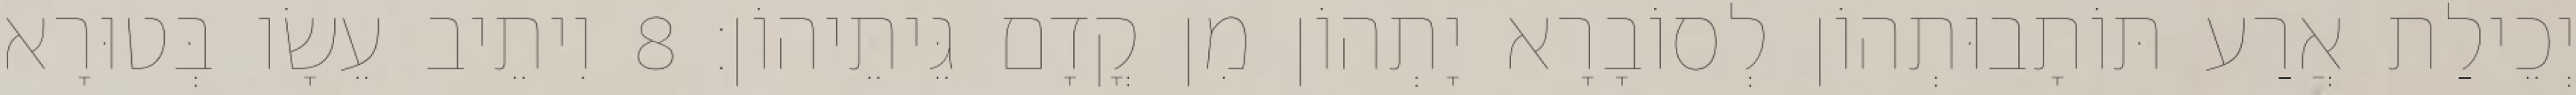
יְכֵילַת אֲרַע תּוֹתָבוּתְהוֹן לְסוֹבָרָא יָתְהוֹן מִן קֳדָם גֵּיתֵיהוֹן׃ 8 וִיתֵיב עֵשָׂו בְּטוּרָא